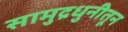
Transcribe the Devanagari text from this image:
सामुद्रधुनीतून